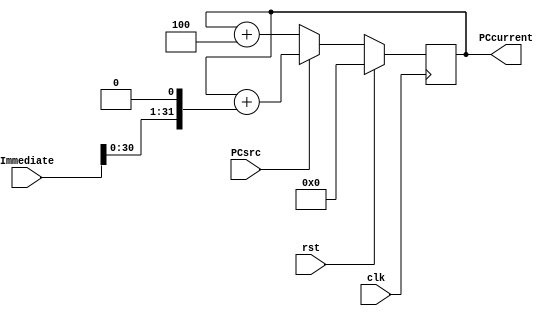
`timescale 1ns / 1ps
//////////////////////////////////////////////////////////////////////////////////
// Module Name: PC
// Project Name: Single Cycle Processor
//////////////////////////////////////////////////////////////////////////////////

module PC(
    input clk,
    input [31:0] Immediate,
    input rst,
    input PCsrc,
    output reg [31:0] PCcurrent
    );
    wire [31:0] PCtemp;
    always @(posedge clk)
    begin
        if(rst)
            PCcurrent <= 32'd0;
        else
            PCcurrent <= PCtemp;
    end
    
    assign PCtemp = PCsrc?(PCcurrent+(Immediate<<1)):(PCcurrent + 32'd4);
endmodule